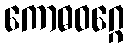
ကောဓဝဂ္ဂေ